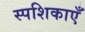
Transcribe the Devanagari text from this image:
स्पशिकाएँ